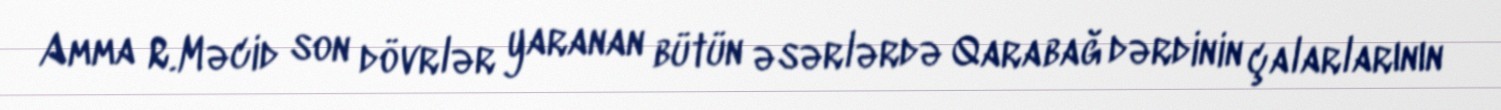
Amma R.Məcid son dövrlər yaranan bütün əsərlərdə Qarabağ dərdinin çalarlarının